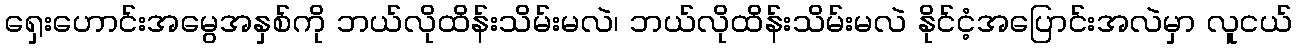
ရှေးဟောင်းအမွေအနှစ်ကို ဘယ်လိုထိန်းသိမ်းမလဲ၊ ဘယ်လိုထိန်းသိမ်းမလဲ နိုင်ငံ့အပြောင်းအလဲမှာ လူငယ်